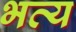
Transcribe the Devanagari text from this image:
भत्य